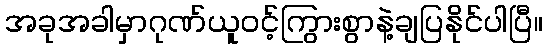
အခုအခါမှာဂုဏ်ယူဝင့်ကြွားစွာနဲ့ချပြနိုင်ပါပြီ။